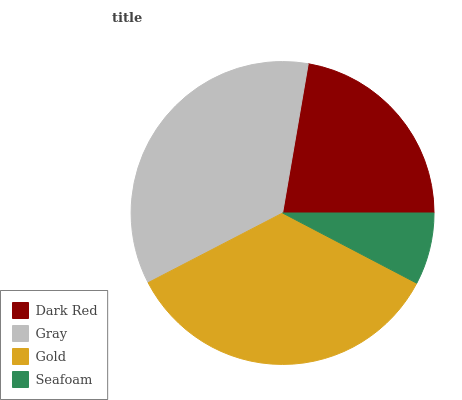
| Dark Red | Gray | Gold | Seafoam |
 | --- | --- | --- | --- |
 | 22.3% | 35.3% | 34.7% | 7.67% |